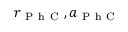
r _ { \mathrm { ~ P ~ h ~ C ~ } } , a _ { \mathrm { ~ P ~ h ~ C ~ } }